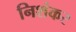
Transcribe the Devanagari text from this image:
निशंकर